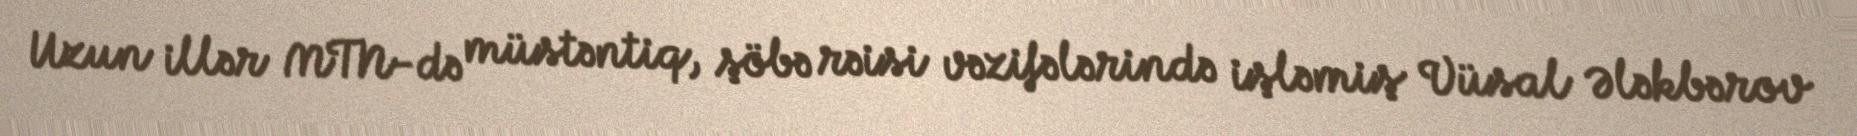
Uzun illər MTN-də müstəntiq, şöbə rəisi vəzifələrində işləmiş Vüsal Ələkbərov